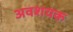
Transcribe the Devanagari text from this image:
अवशयक